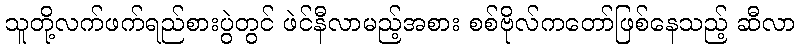
သူတို့လက်ဖက်ရည်စားပွဲတွင် ဖဲင်နီလာမည့်အစား စစ်ဗိုလ်ကတော်ဖြစ်နေသည့် ဆီလာ